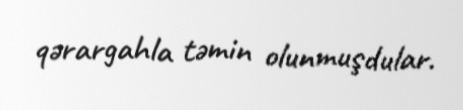
qərargahla təmin olunmuşdular.